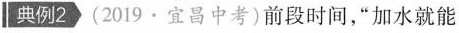
典例2(2019·宜昌中考)前段时间，”加水就能